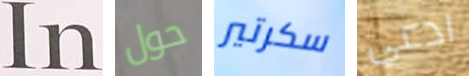
In حول سكرتير ادعي